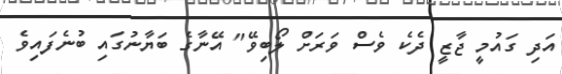
އަދި ގައުމީ ޖާޒީ ދެކެ ވެސް ވަރަށް ލޯބިވޭ" އޭނާގެ ބަޔާނުގައި ބުނެފައިވެ